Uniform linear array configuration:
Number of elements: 64
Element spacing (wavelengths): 0.5
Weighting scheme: hann
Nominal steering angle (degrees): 60
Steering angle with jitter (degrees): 59.095
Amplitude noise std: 0.05
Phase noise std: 0.05

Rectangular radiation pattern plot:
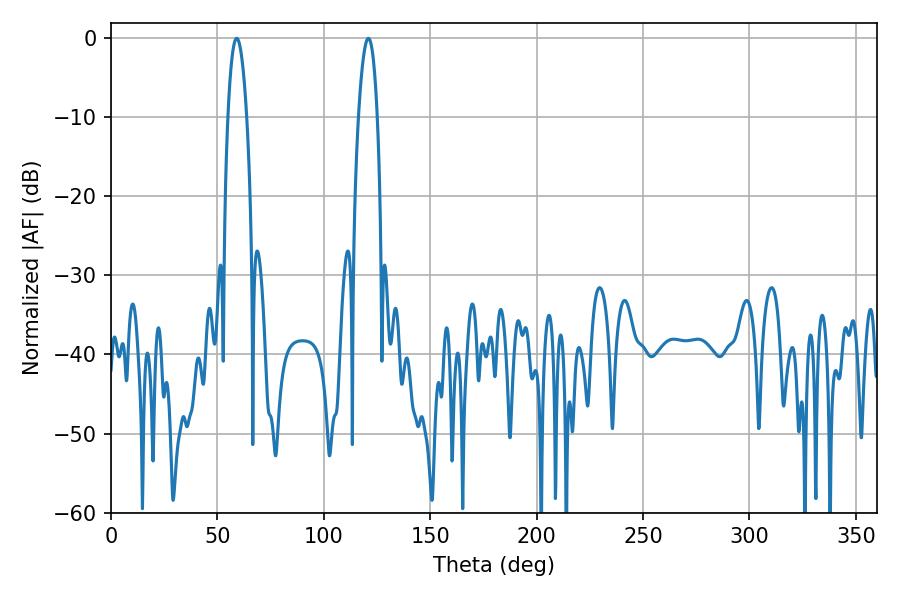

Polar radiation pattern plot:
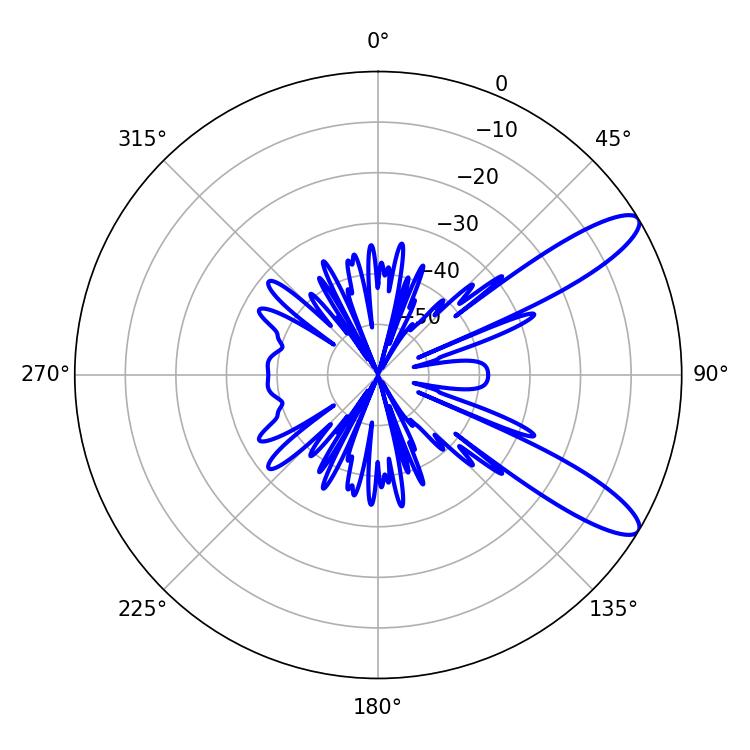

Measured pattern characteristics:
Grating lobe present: FALSE
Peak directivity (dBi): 11.018
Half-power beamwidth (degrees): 4.86
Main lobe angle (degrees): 59.04